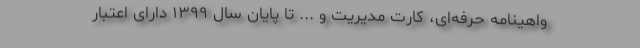
واهینامه حرفه‌ای، کارت مدیریت و ... تا پایان سال ۱۳۹۹ دارای اعتبار